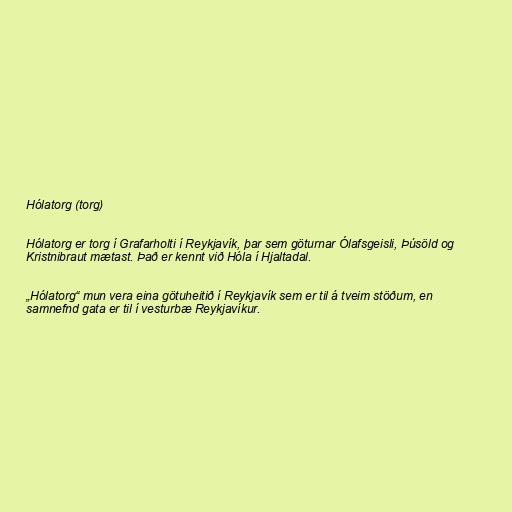
Hólatorg (torg)

Hólatorg er torg í Grafarholti í Reykjavík, þar sem göturnar Ólafsgeisli, Þúsöld og
Kristnibraut mætast. Það er kennt við Hóla í Hjaltadal.

„Hólatorg“ mun vera eina götuheitið í Reykjavík sem er til á tveim stöðum, en
samnefnd gata er til í vesturbæ Reykjavíkur.